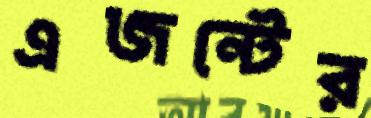
এজন্টের